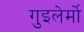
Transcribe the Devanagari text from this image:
गुइलेर्मो